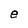
Character: e